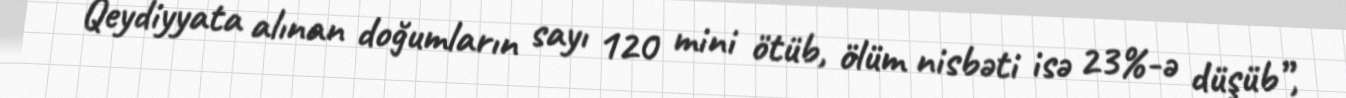
Qeydiyyata alınan doğumların sayı 120 mini ötüb, ölüm nisbəti isə 23%-ə düşüb”,